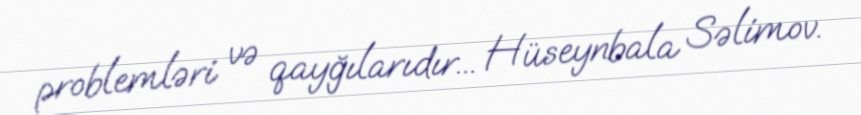
problemləri və qayğılarıdır... Hüseynbala Səlimov.